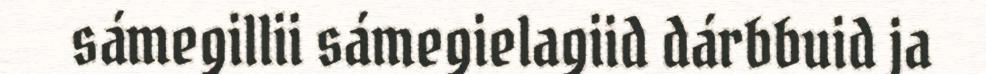
sámegillii sámegielagiid dárbbuid ja